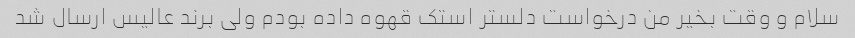
سلام و وقت بخیر من درخواست دلستر استک قهوه داده بودم ولی برند عالیس ارسال شد